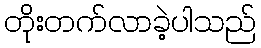
တိုးတက်လာခဲ့ပါသည်